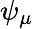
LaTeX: \psi_{\mu}